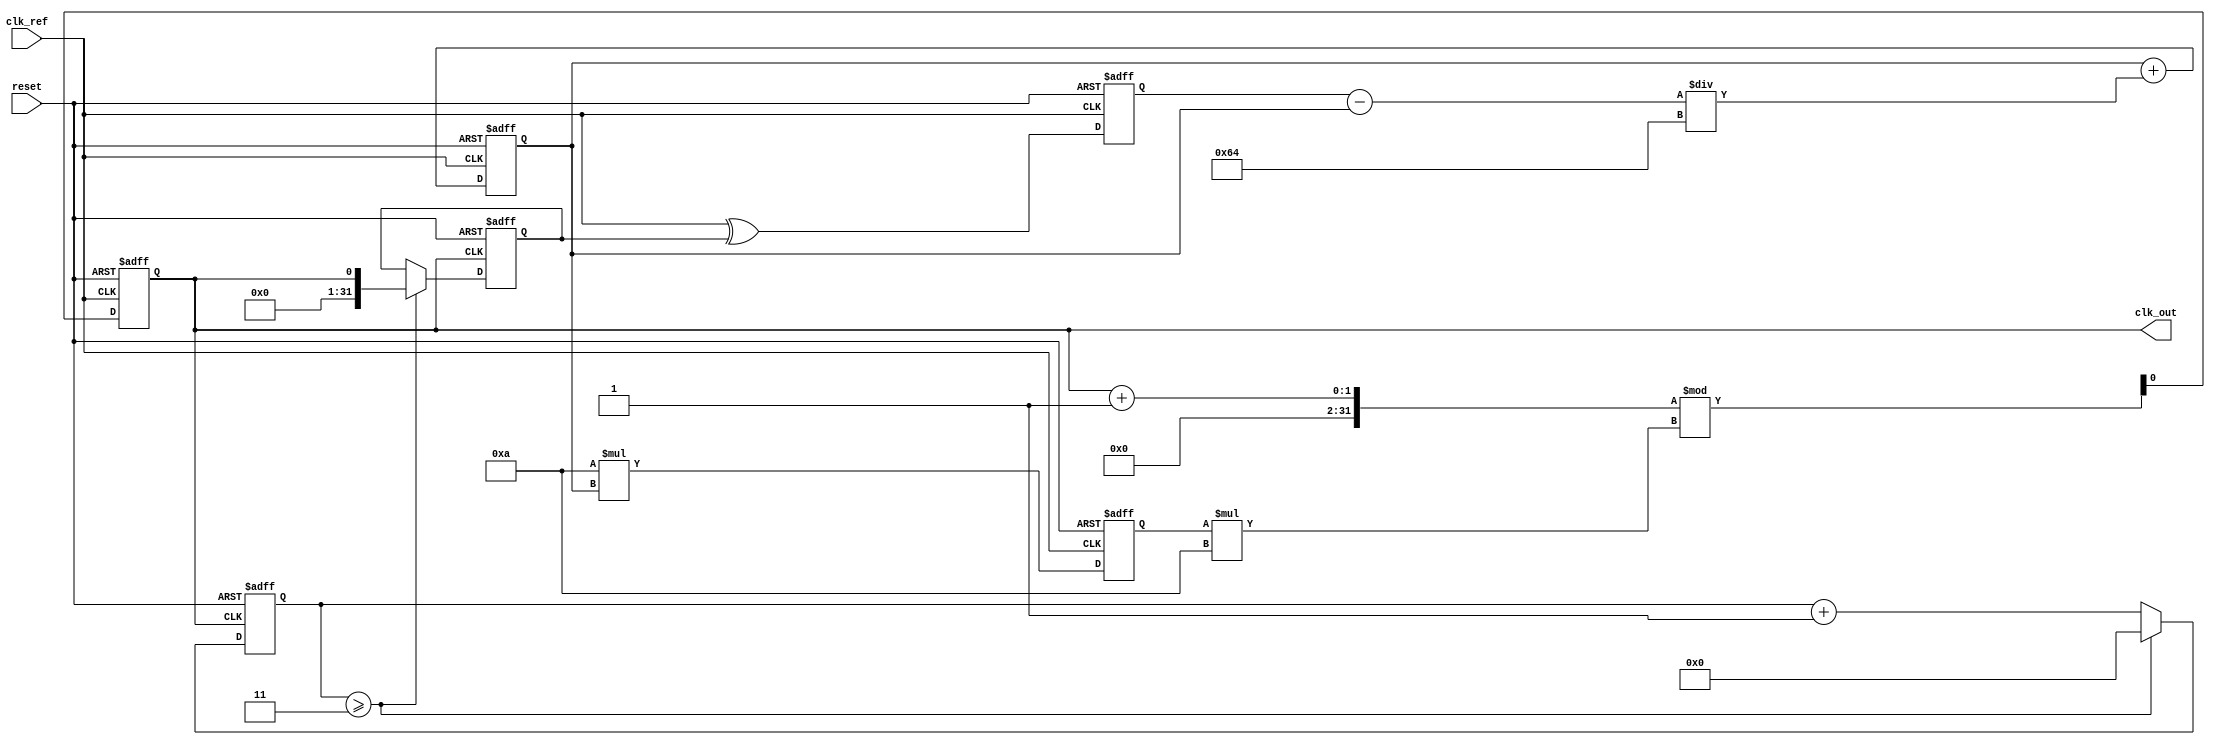
module parameterized_pll #(
    parameter INPUT_FREQ_MIN = 1,           // Minimum input frequency in MHz
    parameter INPUT_FREQ_MAX = 100,         // Maximum input frequency in MHz
    parameter OUTPUT_FREQ_MIN = 1,          // Minimum output frequency in MHz
    parameter OUTPUT_FREQ_MAX = 100,        // Maximum output frequency in MHz
    parameter FEEDBACK_DIV_RATIO = 4,       // Feedback division ratio
    parameter REFERENCE_DIV_RATIO = 1,      // Reference division ratio
    parameter VCO_GAIN = 10,                 // VCO gain (Hz/V)
    parameter LOOP_FILTER_ORDER = 1         // 1 for first-order, 2 for second-order
) (
    input wire clk_ref,                     // Reference clock input
    input wire reset,                       // Reset signal
    output reg clk_out                      // Output clock
);

reg [31:0] phase_detector_out;             // Output of the phase detector
reg [31:0] control_voltage;                 // Control voltage to VCO
reg [31:0] vco_output;                      // VCO output frequency
reg [31:0] divider_count;                   // Divider counter for feedback
reg [31:0] feedback;                        // Feedback signal

// Simple phase detector (XOR or PD with linear response)
always @(posedge clk_ref or posedge reset) begin
    if (reset) begin
        phase_detector_out <= 0;
    end else begin
        phase_detector_out <= (clk_ref ^ feedback); // Example of XOR PD
    end
end

// Low-Pass Filter (simple first-order)
always @(posedge clk_ref or posedge reset) begin
    if (reset) begin
        control_voltage <= 0;
    end else begin
        if (LOOP_FILTER_ORDER == 1) begin
            control_voltage <= control_voltage + (phase_detector_out - control_voltage) / 100; // Simplified LPF
        end
        // Implement more logic if it's a second-order filter
    end
end

// Voltage-Controlled Oscillator (simple model)
always @(posedge clk_ref or posedge reset) begin
    if (reset) begin
        vco_output <= 0;
        clk_out <= 0;
    end else begin
        // Calculate VCO frequency based on control voltage
        vco_output <= VCO_GAIN * control_voltage;
        
        // Generate output clock based on VCO output frequency
        clk_out <= (clk_out + 1) % (vco_output * 10); // Frequency divider example for output generation
    end
end

// Feedback Divider
always @(posedge clk_out or posedge reset) begin
    if (reset) begin
        feedback <= 0;
        divider_count <= 0;
    end else begin
        divider_count <= divider_count + 1;
        if (divider_count >= FEEDBACK_DIV_RATIO - 1) begin
            feedback <= clk_out;  // Feedback signal from VCO output
            divider_count <= 0;
        end
    end
end

endmodule